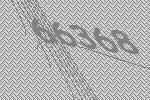
66368